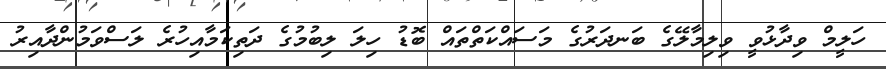
ހަލީމް ވިދާޅުވީ ވިލިމާލޭގެ ބަނދަރުގެ މަސައްކަތްތައް ބޮޑު ހިލަ ލިބުމުގެ ދަތިކަމާއިހުރެ ލަސްވަމުންދާއިރު